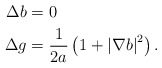
\begin{align*}\Delta b & =0\\\Delta g & =\frac{1}{2a}\left( 1+\left\vert \nabla b\right\vert ^{2}\right).\end{align*}